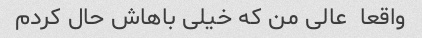
واقعا  عالی من که خیلی باهاش حال کردم